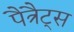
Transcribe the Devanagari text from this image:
पैत्रैट्स